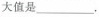
大值是___。